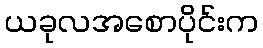
ယခုလအစောပိုင်းက